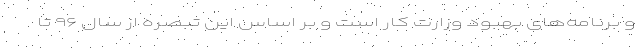
و برنامه‌های بهبود وزارت کار است و بر اساس این تبصره از سال ۹۶ تا